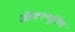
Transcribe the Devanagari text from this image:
ऑक्ल्यूसिव